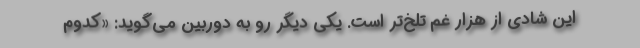
اين شادي از هزار غم تلخ‌تر است. يكي ديگر رو به دوربين مي‌گويد: «كدوم